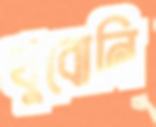
খুবোনি